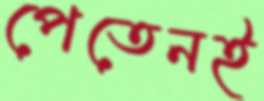
পেতেনই